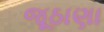
જૂઠાણા